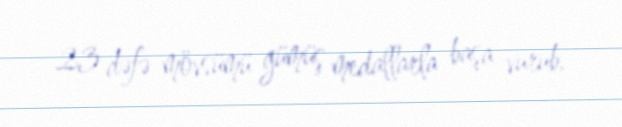
23 dəfə mövsümü gümüş medallarla başa vurub.